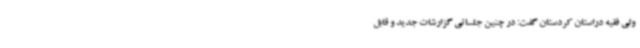
ولی فقیه دراستان کردستان گفت: در چنین جلساتی گزارشات جدید و قابل